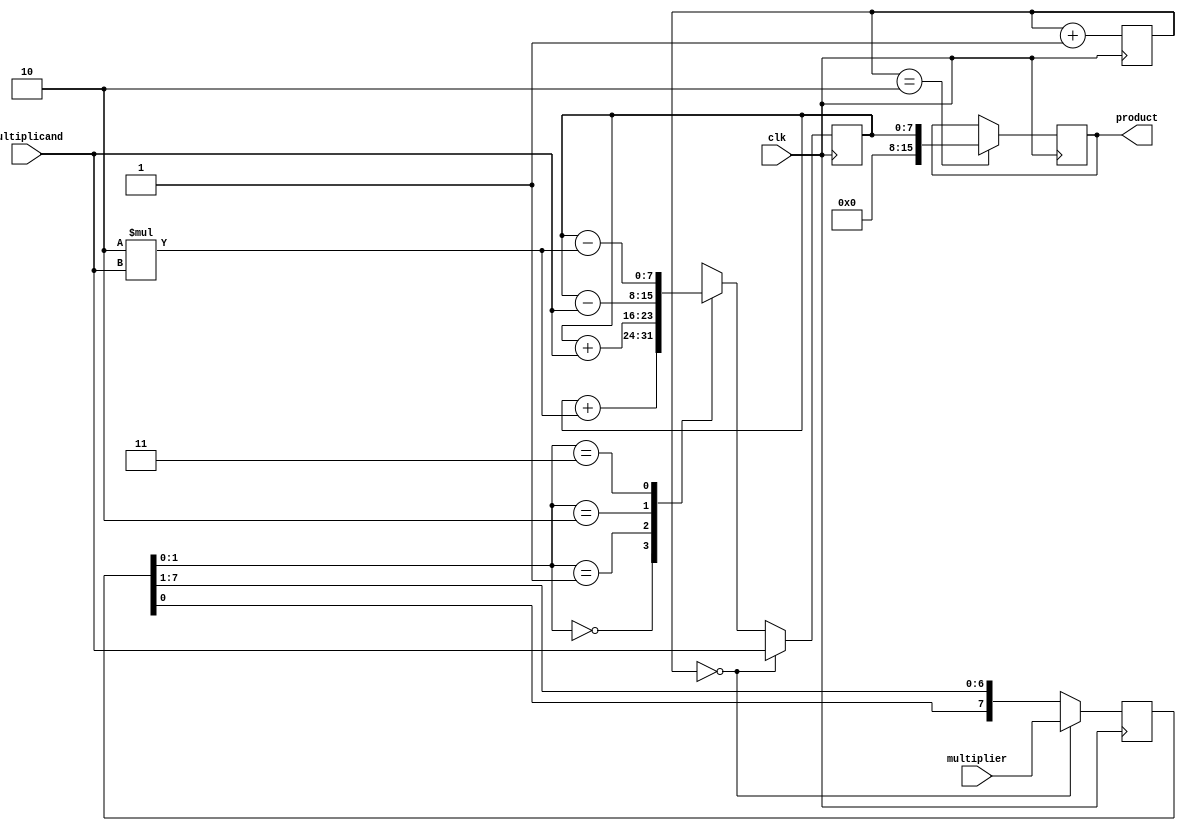
module sequential_booth_multiplier (
  input wire clk,
  input wire [7:0] multiplicand, 
  input wire [7:0] multiplier,
  output reg [15:0] product
);

reg [7:0] partial_product;
reg [7:0] booth_encoding;
reg [2:0] stage;

always @ (posedge clk) begin
  if (stage == 0) begin
    booth_encoding <= {multiplier[7], multiplier[7:0]};
    partial_product <= multiplicand;
  end
  else begin
    case (booth_encoding[1:0])
      2'b00: partial_product <= partial_product + (2 * multiplicand);
      2'b01: partial_product <= partial_product + multiplicand;
      2'b10: partial_product <= partial_product - multiplicand;
      2'b11: partial_product <= partial_product - (2 * multiplicand);
    endcase
    booth_encoding <= {booth_encoding[0], booth_encoding[7:1]};
  end
  
  if (stage == 2) begin
    product <= partial_product;
  end
  
  stage <= stage + 1;
end

endmodule